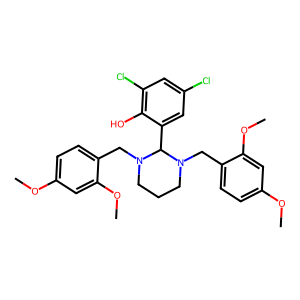
SMILES: COc1ccc(CN2CCCN(Cc3ccc(OC)cc3OC)C2c2cc(Cl)cc(Cl)c2O)c(OC)c1
Inhibits HIV replication: No